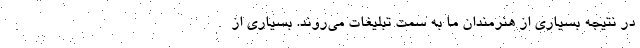
در نتیجه بسیاری از هنرمندان ما به سمت تبلیغات می‌روند. بسیاری از